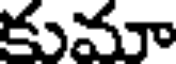
కుమా